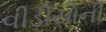
વીડીયોની